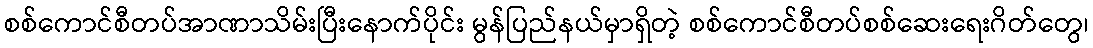
စစ်ကောင်စီတပ်အာဏာသိမ်းပြီးနောက်ပိုင်း မွန်ပြည်နယ်မှာရှိတဲ့ စစ်ကောင်စီတပ်စစ်ဆေးရေးဂိတ်တွေ၊